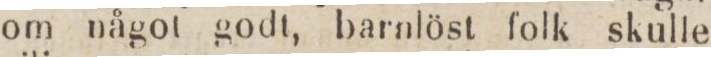
om något godt, barnlöst folk skulle